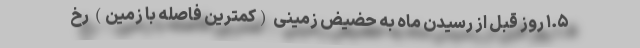
۱.۵ روز قبل از رسیدن ماه به حضیض زمینی (کمترین فاصله با زمین) رخ